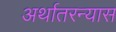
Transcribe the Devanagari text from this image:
अर्थातरन्यास